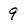
Character: 9